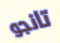
تانجو